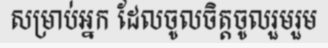
សម្រាប់អ្នក ដែលចូលចិត្តចូលរួមរួម